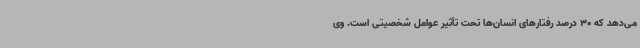
می‌دهد که 30 درصد رفتارهای انسان‌ها تحت تأثیر عوامل شخصیتی است. وی